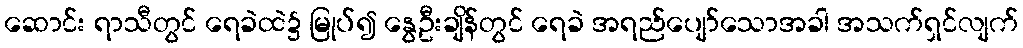
ဆောင်း ရာသီတွင် ရေခဲထဲ၌ မြုပ်၍ နွေဦးချိန်တွင် ရေခဲ အရည်ပျော်သောအခါ အသက်ရှင်လျက်